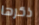
ذكرها